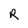
Character: R